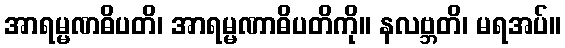
အာရမ္မဏဓိပတိ၊ အာရမ္မဏာဓိပတိကို။ နလဗ္ဘတိ၊ မရအပ်။